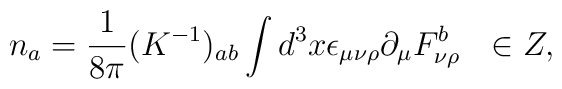
n_a=\frac{1}{8\pi}(K^{-1})_{ab}\int d^3x \epsilon_{\mu\nu\rho}\partial_\mu F^b_{\nu\rho} \ \ \in Z,